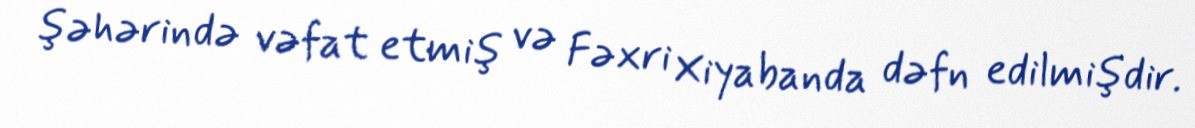
şəhərində vəfat etmiş və Fəxri Xiyabanda dəfn edilmişdir.